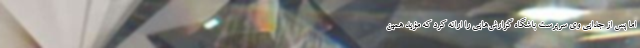
اما پس از جدایی وی سرپرست باشگاه گزارش‌هایی را ارائه کرد که مؤید همین